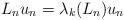
LaTeX: \begin{align*} L_n u_n = \lambda_k (L_n) u_n\end{align*}